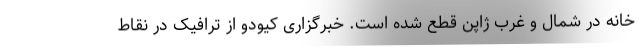
خانه در شمال و غرب ژاپن قطع شده است. خبرگزاری کیودو از ترافیک در نقاط